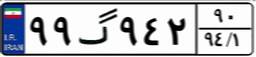
۹۹گ۹۴۲۹۰